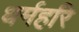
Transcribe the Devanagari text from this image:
धर्महरि